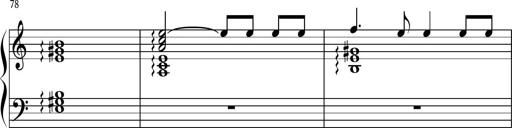
Title: Keyboard Sonatina in G
Composer: Michael Pogudin
Key: G major